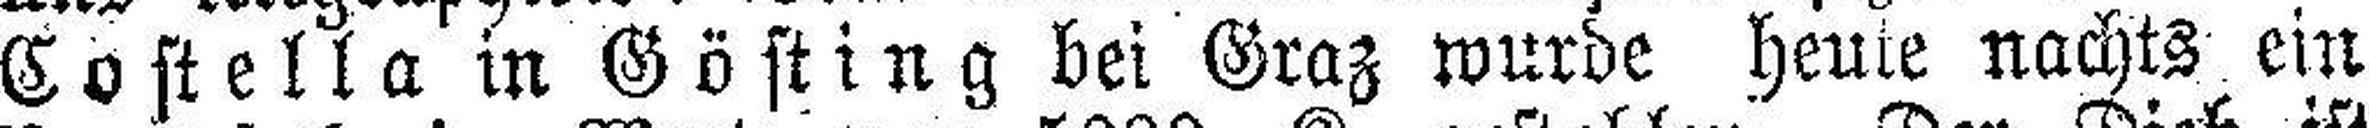
Costella in Gösting bei Graz wurde heute nachts ein